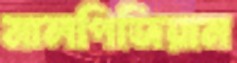
মালপিজিয়ান